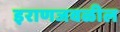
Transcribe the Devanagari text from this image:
इराणजवळील